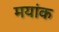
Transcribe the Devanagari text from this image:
मयांक